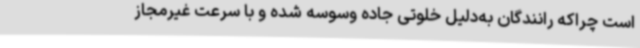
است چراکه رانندگان به‌دلیل خلوتی جاده وسوسه شده و با سرعت غیرمجاز